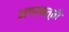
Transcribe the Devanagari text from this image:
अगरबत्‍ती